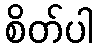
စိတ်ပါ